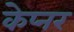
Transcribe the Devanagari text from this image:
केप्नर